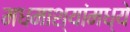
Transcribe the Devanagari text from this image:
मधमाश्यांमध्ये